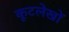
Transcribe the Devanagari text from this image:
कूटलेखों